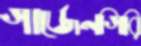
গার্জেনগিরি